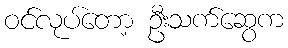
ဝင်လုပ်တော့ ဦးသက်ဆွေက